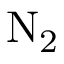
\mathrm { N _ { 2 } }